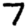
Digit: 7